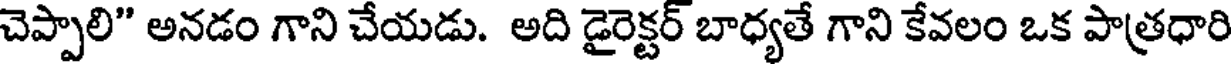
చెప్పాలి" అనడం గాని చేయడు. అది డైరెక్టర్ బాధ్యతే గాని కేవలం ఒక పాత్రధారి